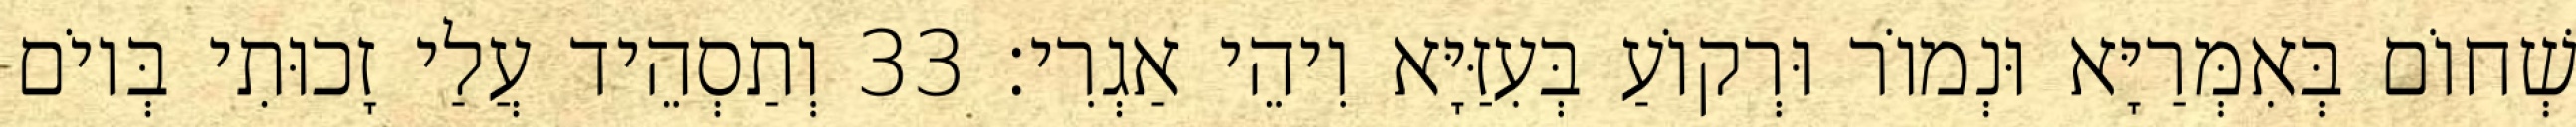
שְׁחוֹם בְּאִמְּרַיָּא וּנְמוֹר וּרְקוֹעַ בְּעִזַּיָּא וִיהֵי אַגְרִי׃ 33 וְתַסְהֵיד עֲלַי זָכוּתִי בְּיוֹם